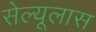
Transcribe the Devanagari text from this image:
सेल्यूलास